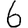
Digit: 6